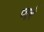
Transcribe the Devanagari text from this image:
तलुवों